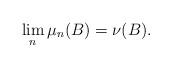
LaTeX: \begin{align*}\lim_{n}\mu_{n}(B)=\nu(B).\end{align*}